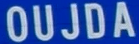
OUJDA